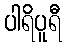
ပါရိပူရီ